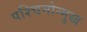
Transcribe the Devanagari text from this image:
पश्चिमोन्मुख